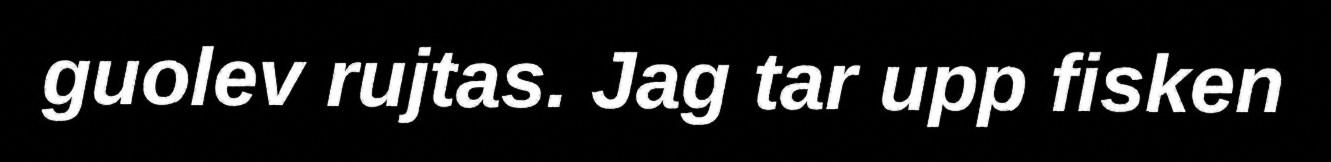
guolev rujtas. Jag tar upp fisken